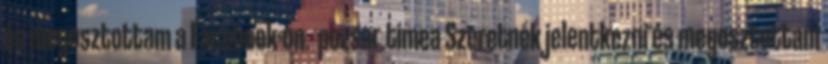
és megosztottam a Facebook-on. pozsar.timea Szeretnék jelentkezni és megosztottam